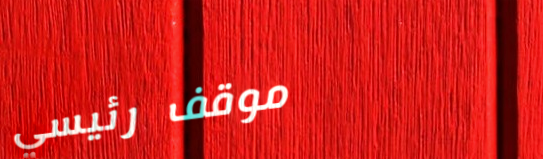
موقف رئيسي